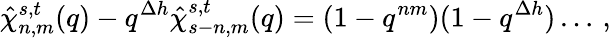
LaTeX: \hat{\chi}_{n,m}^{s,t}(q)-q^{\Delta h}\hat{\chi}_{s-n,m}^{s,t}(q)=(1-q^{nm})(1-q^{\Delta h})\ldots\, ,